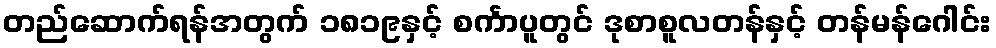
တည်ဆောက်ရန်အတွက် ၁၈၁၉နှင့် စင်္ကာပူတွင် ဒုစာစူလတန်နှင့် တန်မန်ဂေါင်း